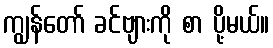
ကျွန်တော် ခင်ဗျားကို စာ ပို့မယ်။